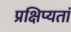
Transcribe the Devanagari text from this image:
प्रक्षिप्यतां